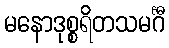
မနောဒုစ္စရိတသမင်္ဂီ